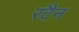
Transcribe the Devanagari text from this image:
रटैन